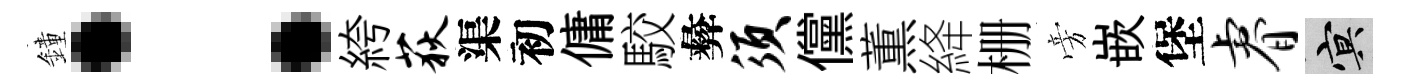
鐘：絝荻渠初傭駮彜须儻薫絳栅旁嵌堡睿冥